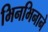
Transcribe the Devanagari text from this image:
भिनभिनाने